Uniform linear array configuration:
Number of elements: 32
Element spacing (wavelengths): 0.5
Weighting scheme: uniform
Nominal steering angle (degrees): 0
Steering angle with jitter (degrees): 0.6611
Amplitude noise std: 0.05
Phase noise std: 0.05

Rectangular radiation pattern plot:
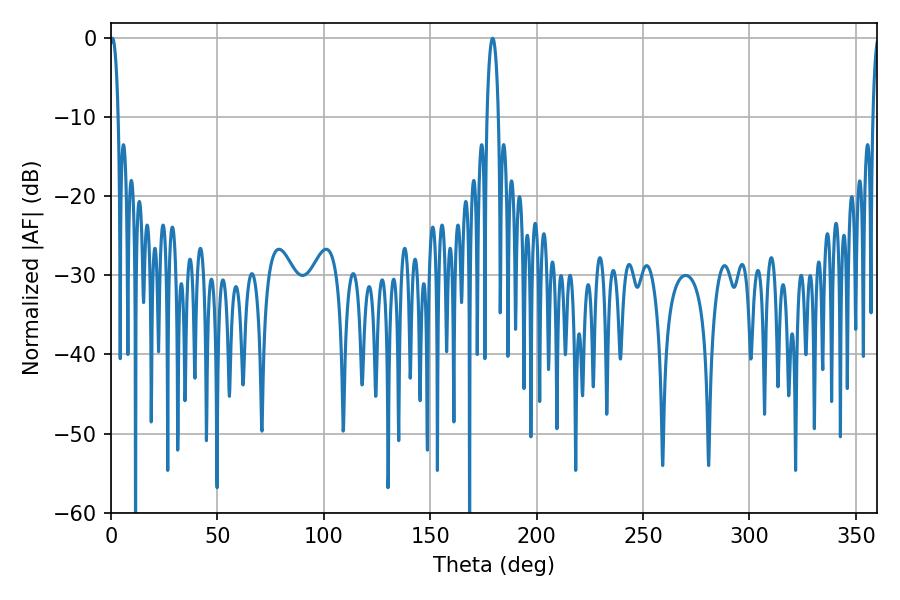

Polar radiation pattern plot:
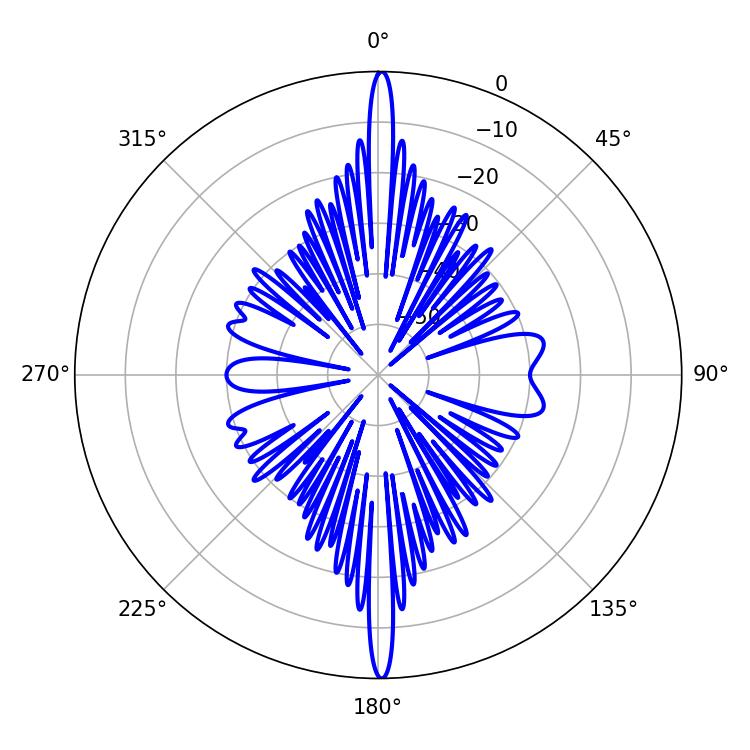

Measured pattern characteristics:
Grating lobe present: FALSE
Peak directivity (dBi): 30.217
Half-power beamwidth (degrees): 2.16
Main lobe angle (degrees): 0.72